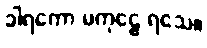
ခါရကော မကုဠေ ရသေ။